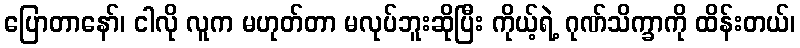
ပြောတာနော်၊ ငါလို လူက မဟုတ်တာ မလုပ်ဘူးဆိုပြီး ကိုယ့်ရဲ့ ဂုဏ်သိက္ခာကို ထိန်းတယ်၊